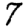
Digit: 7